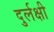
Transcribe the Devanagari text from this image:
दुर्लक्षी